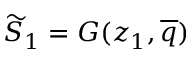
\widetilde { S } _ { 1 } = G ( z _ { 1 } , \overline { { q } } )